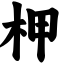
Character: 柙